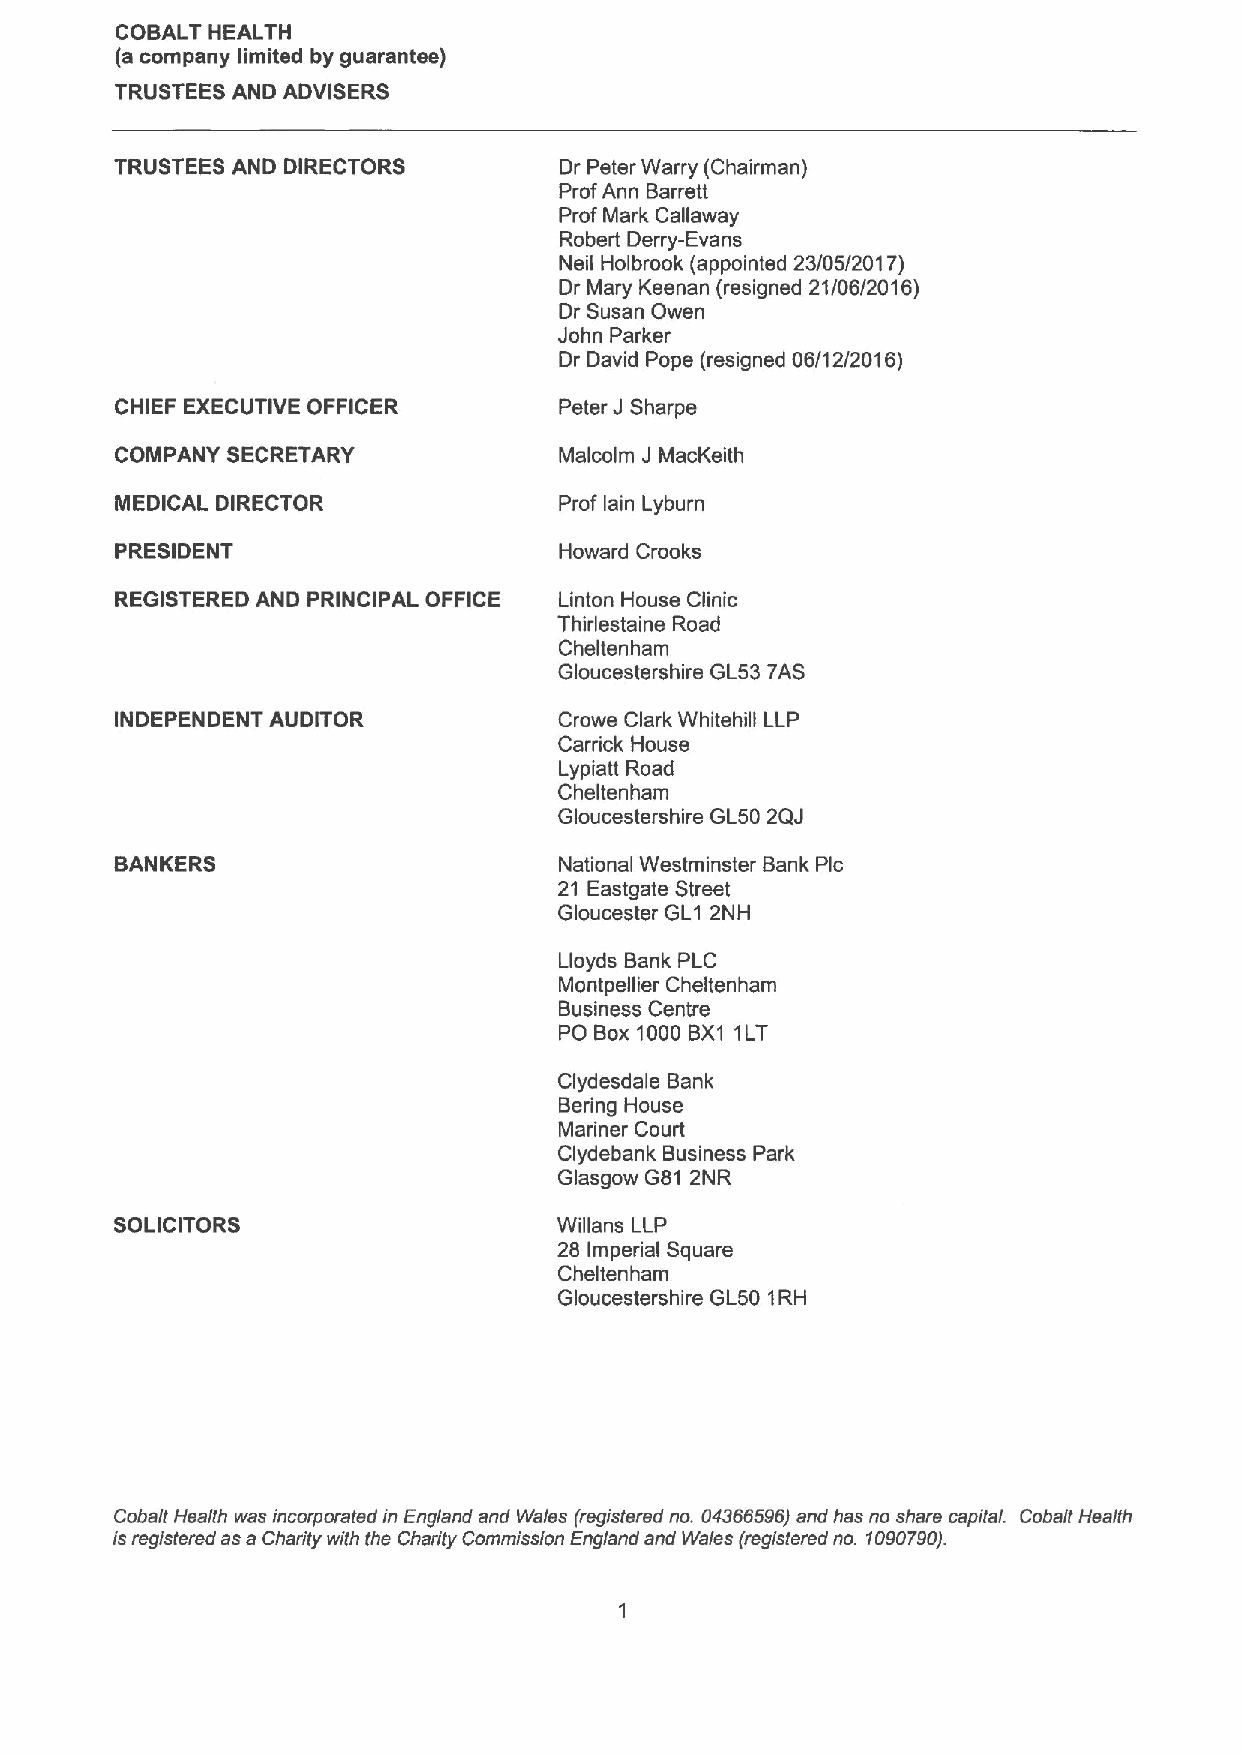
COBALT HEALTH
 (a company limited by guarantee)
 TRUSTEES AND ADVISERS
 TRUSTEES AND DIRECTORS       Dr Peter Warry (Chairman)
 Prof Ann Barrett
 Prof Mark Callaway
 Robert Derry-Evans
 Neil Holbrook (appointed 23/05/2017)
 Dr Mary Keenan (resigned 21/06/2016)
 Dr Susan Owen
 John Parker
 Dr David Pope (resigned 06/12/2016)
 CHIEF EXECUTIVE OFFICER      Peter J Sharpe
 COMPANY SECRETARY            Malcolm J MacKeith
 MEDICAL DIRECTOR             Prof lain Lyburn
 PRESIDENT                    Howard Crooks
 REGISTERED AND PRINCIPAL OFFICE Linton House Clinic
 Thirlestaine Road
 Cheltenham
 Gloucestershire GL53 7AS
 INDEPENDENT AUDITOR          Crowe Clark Whitehill LLP
 Carrick House
 Lypiatt Road
 Cheltenham
 Gloucestershire GL50 2QJ
 BANKERS                      National Westminster Bank Pic
 21 Eastgate Street
 Gloucester GL1 2NH
 Lloyds Bank PLC
 Montpellier Cheltenham
 Business Centre
 PO Box1000BX1 1LT
 Clydesdale Bank
 Bering House
 Mariner Court
 Clydebank Business Park
 Glasgow G81 2NR
 SOLICITORS                   Willans LLP
 28 Imperial Square
 Cheltenham
 Gloucestershire GL50 1RH
 Cobalt Health was incorporated in England and Wales (registered no. 04366596) and has no share capital. Cobalt Health
 is regislered as a Charily with the Charity Commission England and Wales (registered no. 1090790).